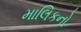
માલિકનો